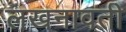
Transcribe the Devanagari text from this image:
लखनावती